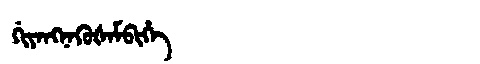
Manchu: ᡤᡳᠶᠠᠩᠨᠠᡴᡠᡧᠠᠮᠪᡳᡥᡝ
Romanization: GIYANGNAKUŠAMBIHE